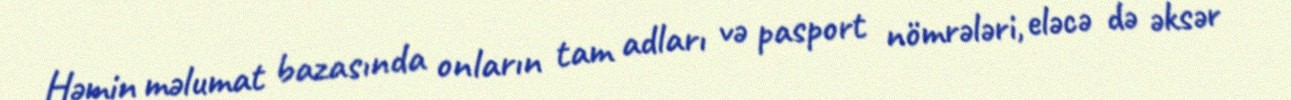
Həmin məlumat bazasında onların tam adları və pasport nömrələri, eləcə də əksər